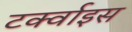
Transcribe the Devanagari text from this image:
टर्क्वाइस